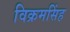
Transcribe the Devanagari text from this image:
विक्रमसिंह